Scientific memoirs by medical officers of the Army of India - Part XII,
Year: 1901
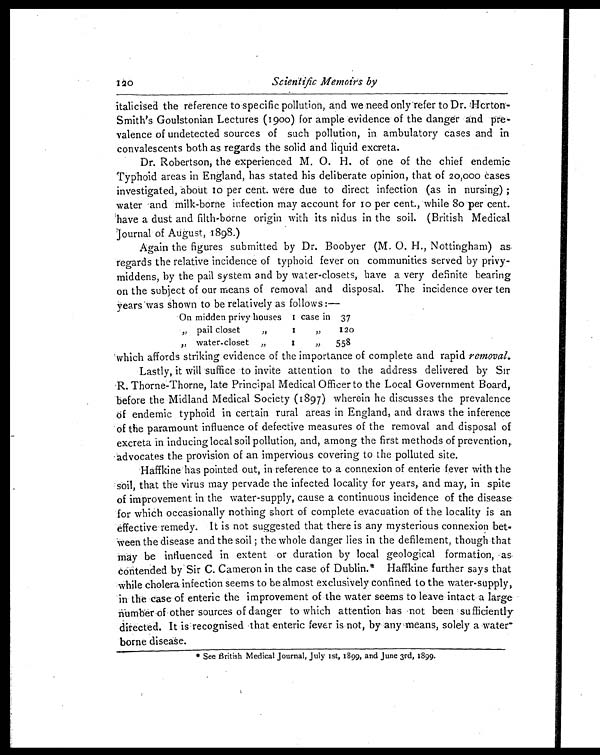
Scientific Memoirs by
italicised the reference to specific pollution, and we need only-refer to Dr. Horton
-Smith's Goulstonian Lectures (1900) for ample evidence of the danger and pre-
valence of undetected sources of such pollution, in ambulatory cases and in
convalescents both as regards the solid and liquid excreta.
Dr. Robertson, the experienced M. O. H. of one of the chief endemic
Typhoid areas in England, has stated his deliberate opinion, that of 20,000 cases
investigated, about 10 per cent. were due to direct infection (as in nursing);
water and milk-borne infection may account for 10 per cent., while 80 per cent
have a dust and filth-borne origin with its nidus in the soil. (British Medical
Journal of August, 1898.)
Again the figures submitted by Dr. Boobyer (M. O. H., Nottingham) as
regards the relative incidence of typhoid fever on communities served by privy
- m i d d e n s , b y t h e p a i l s y s t e m a n d b y w a t e r - c l o s e t s , h a v e a v e r y d e f i n i t e b e a r i n g
on the subject of our means of removal and disposal. The incidence over ten
years was shown to be relatively as follows:—
On midden privy houses 1 case in 37
" pail closet " 1"
120
"
water-closet "1"
558
which affords striking evidence of the importance of complete and rapid removal.
Lastly, it will suffice to invite attention to the address delivered by Sir
R. Thorne-Thorne, late Principal Medical Officer to the Local Government Board,
before the Midland Medical Society (1897) wherein he discusses the prevalence
of endemic typhoid in certain rural areas in England, and draws the inference
of the paramount influence of defective measures of the removal and disposal of
excreta in inducing local soil pollution, and, among the first methods of prevention,
advocates the provision of an impervious covering to the polluted site.
Haffkine has pointed out, in reference to a connexion of enteric fever with the
soil, that the virus may pervade the infected locality for years, and may, in spite
of improvement in the water-supply, cause a continuous incidence of the disease
for which occasionally nothing short of complete evacuation of the locality is an
effective remedy. It is not suggested that there is any mysterious connexion bet
-ween the disease and the soil; the whole danger lies in the defilement, though that
may be influenced in extent or duration by local geological formation, as
contended by Sir C. Cameron in the case of Dublin.* Haffkine further says that
while cholera infection seems to be almost exclusively confined to the water-supply,
in the case of enteric the improvement of the water seems to leave intact a large
number of other sources of danger to which attention has not been sufficiently
directed. It is recognised that enteric fever is not, by any means, solely a water
-borne disease.
* See British Medical Journal, July 1st, 1899, and June 3rd, 1899.
120